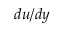
{ d u } / { d y }